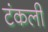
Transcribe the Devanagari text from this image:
टंकली